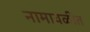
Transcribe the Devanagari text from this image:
नामावळीत